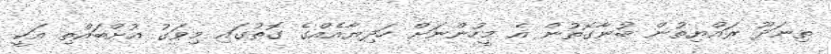
ތިނަދޫ ރައްޔިތުން ބުނާގޮތުން އެ މީހުންނަށް ހަދިޔާއެއްގެ ގޮތުގައި މިވަގު އުށްބައްތި އަކީ